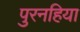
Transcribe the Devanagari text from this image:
पुरनहिया